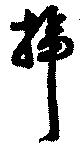
挿